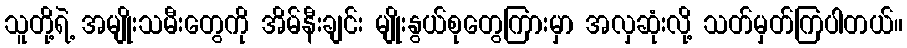
သူတို့ရဲ့ အမျိုးသမီးတွေကို အိမ်နီးချင်း မျိုးနွယ်စုတွေကြားမှာ အလှဆုံးလို့ သတ်မှတ်ကြပါတယ်။